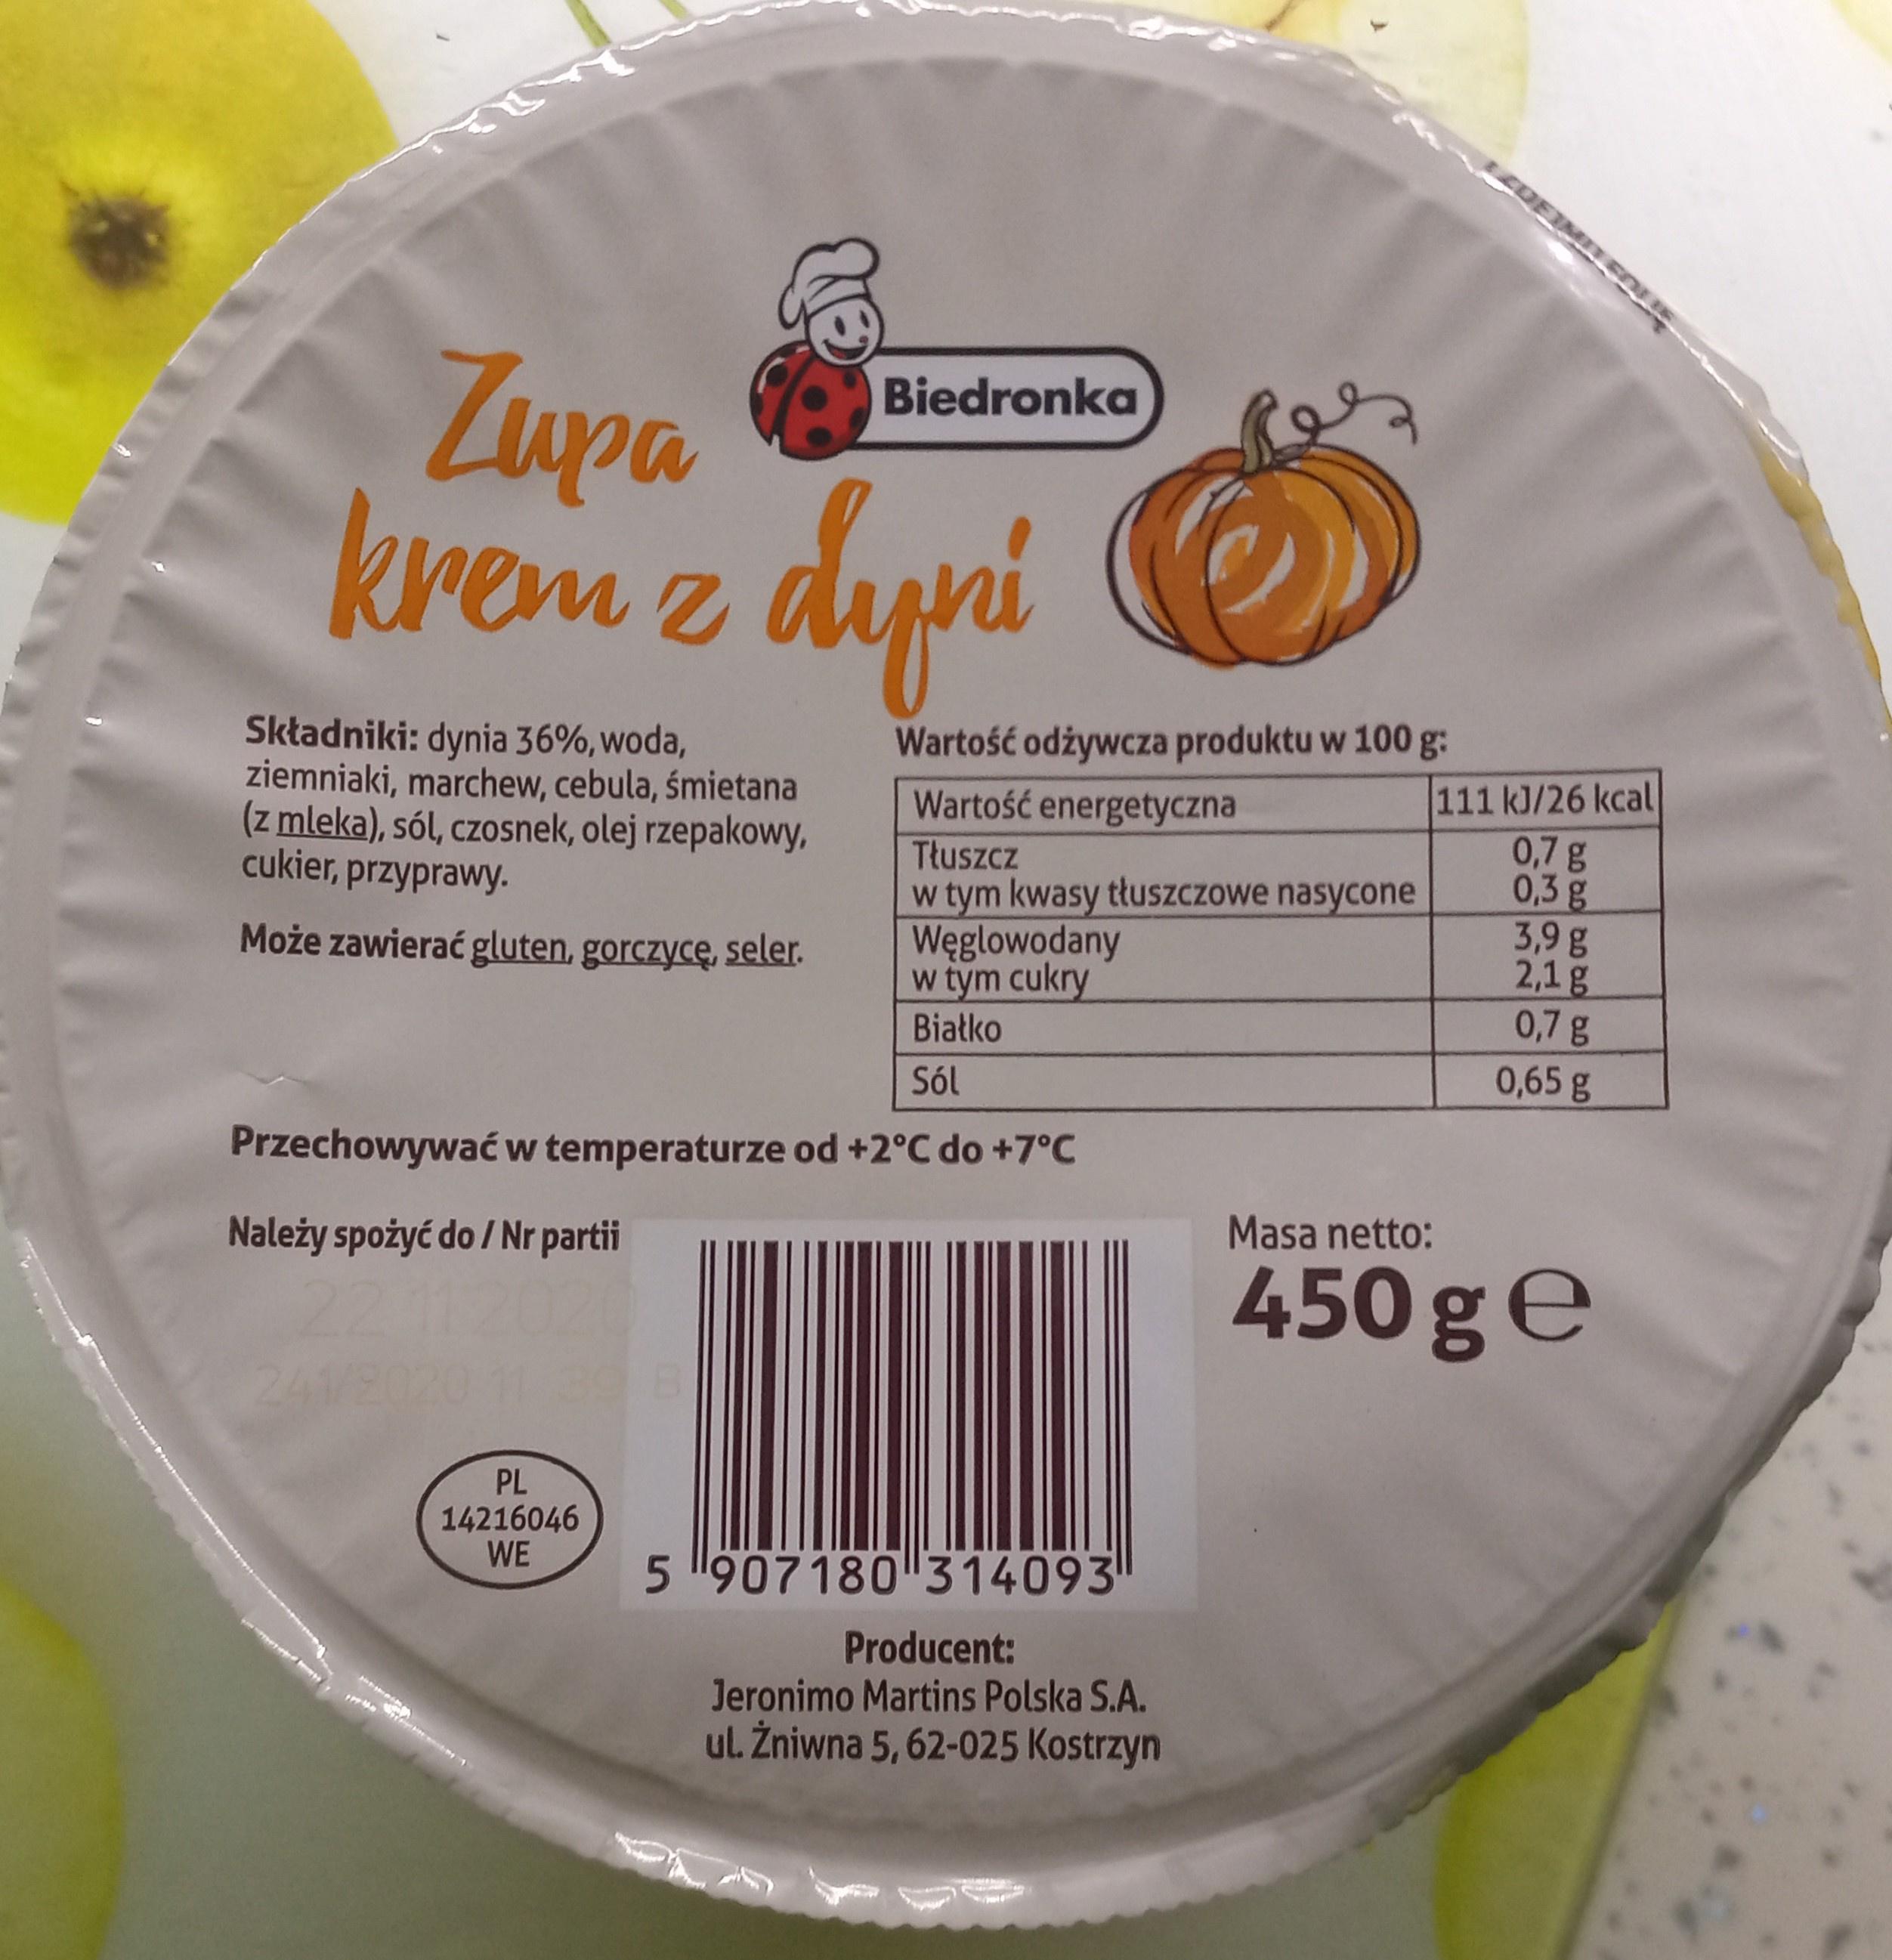
CDEIMITEOLE
Zupa krem z dyni
Biedronka
Wartość odżywcza produktu w 100 g:
Składniki: dynia 36%, woda, ziemniaki, marchew, cebula, śmietana (z mleka), sól, czosnek, olej rzepakowy, cukier, przyprawy.
111 kJ/26 kcal 0,7g 0,3g 3,9 g 2,1g 0,7g 0,65 g
Wartość energetyczna
Tłuszcz w tym kwasy tłuSZczowe nasycone Węglowodany w tym cukry Białko
Może zawierać gluten, gorczycę, seler.
Sól
Przechowywać w temperaturze od +2°C do +7°c
Masa netto:
Należy spożyć do / Nr partii
450 ge
22112 241/2020
PL
14216046 WE
5 907 180 314093
Producent:
Jeronimo Martins Polska S.A.
ul. Żniwna 5, 62-025 Kostrzyn